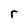
Character: r